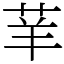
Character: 𦭵